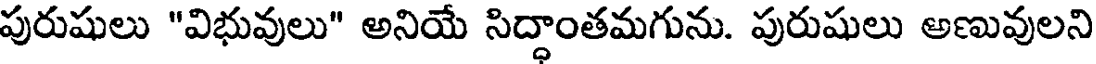
పురుషులు "విభువులు" అనియే సిద్ధాంతమగును. పురుషులు అణువులని